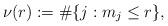
LaTeX: \begin{align*}\nu(r):=\#\{j:m_j\le r\},\end{align*}